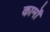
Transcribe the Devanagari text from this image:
कार्मों